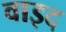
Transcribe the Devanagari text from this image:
वाइद